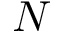
N